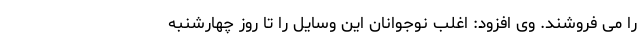
را می فروشند. وی افزود: اغلب نوجوانان این وسایل را تا روز چهارشنبه